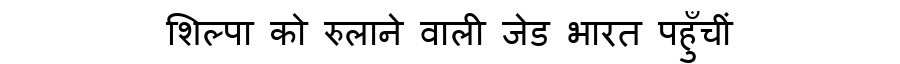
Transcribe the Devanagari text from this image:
शिल्पा को रुलाने वाली जेड भारत पहुँचीं